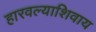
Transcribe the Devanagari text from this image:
हारवल्याशिवाय